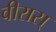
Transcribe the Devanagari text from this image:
वीरास्